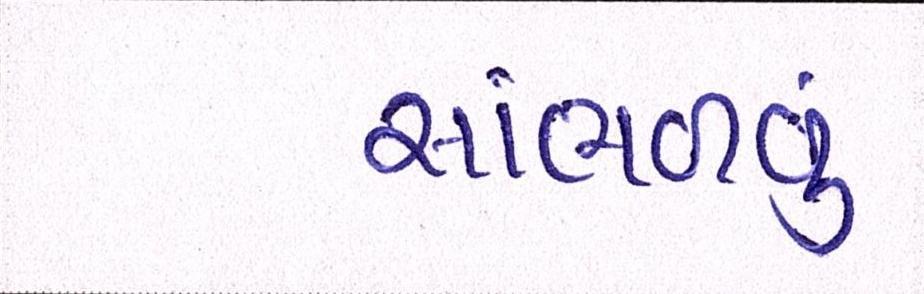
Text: સાંભળવું